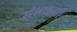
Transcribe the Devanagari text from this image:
संभावनाऍं